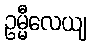
ဥမ္မီလေယျ